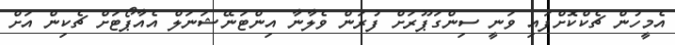
އެމީހުން ޗެކްކޮށްފައި ވަނީ ސިންގަޕޫރަށް ފުރަން ވެލާނާ އިންޓަނޭޝަނަލް އެއާޕޯޓަށް ޗެކިން އަށް